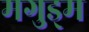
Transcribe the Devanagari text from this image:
मगुड्म